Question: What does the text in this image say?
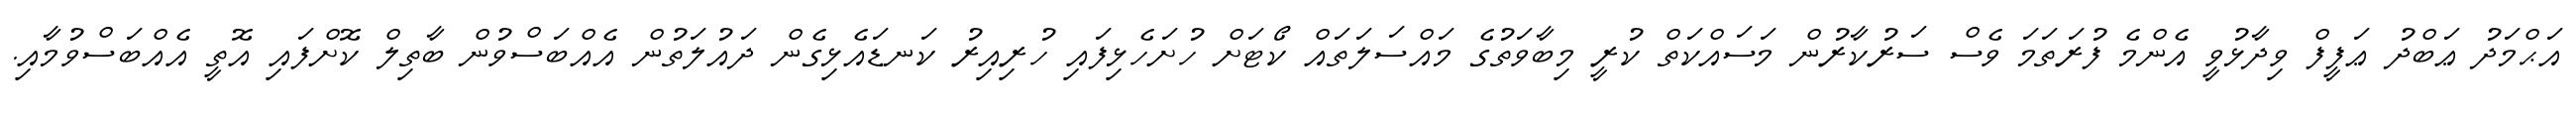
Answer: އަޙްމަދު ޢަބްދު ޢަފީފް ވިދާޅުވީ އެންމެ ފުރަތަމަ ވެސް ސަރުކާރުން މަސައްކަތް ކުރީ މިބާވަތުގެ މައްސަލަތައް ކޯޓަށް ހުށަހެޅިފައި ހުރިއިރު ކަނޑައެޅިގެން ދައުލަތުން އެއްބަސްވުން ބާތިލް ކޮށްފައި އޮތީ އެއްބަސްވުމާއި.